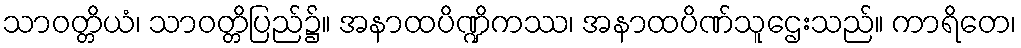
သာဝတ္တိယံ၊ သာဝတ္တိပြည်၌။ အနာထပိဏ္ဍိကဿ၊ အနာထပိဏ်သူဌေးသည်။ ကာရိတေ၊